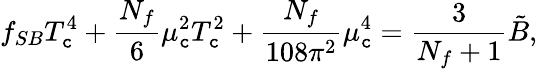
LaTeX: f_{SB}T_{\mathtt{c}}^{4}+{\frac{{N_{f}}}{{6}}}\mu_{\mathtt{c}}^{2}T_{\mathtt{c}}^{2}+{\frac{{N_{f}}}{{108\pi^{2}}}}\mu_{\mathtt{c}}^{4}={\frac{{3}}{{N_{f}+1}}}\tilde{{B}},